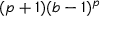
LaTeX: ( p + 1 ) ( b - 1 ) ^ { p }